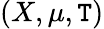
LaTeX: (X,\mu,\mathtt{T})